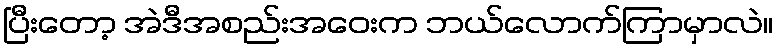
ပြီးတော့ အဲဒီအစည်းအဝေးက ဘယ်လောက်ကြာမှာလဲ။